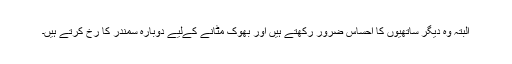
البتہ وہ دیگر ساتھیوں کا احساس ضرور رکھتے ہیں اور بھوک مٹانے کےلیے دوبارہ سمندر کا رخ کرتے ہیں۔